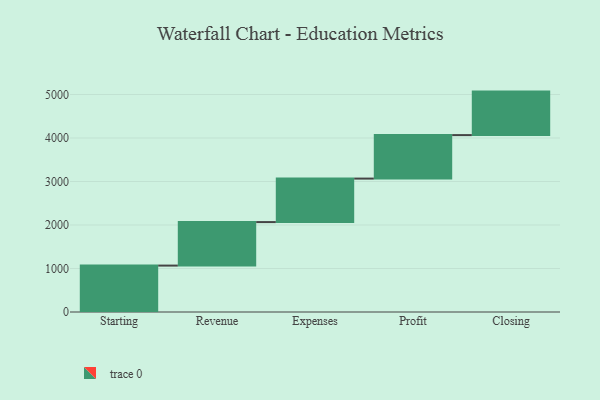
{"axis": {"x": "Step", "y": "Value"}, "legend": [""], "data": [{"x": "Starting", "y": 1067.0, "type": ""}, {"x": "Revenue", "y": 1000, "type": ""}, {"x": "Expenses", "y": 1000, "type": ""}, {"x": "Profit", "y": 1000, "type": ""}, {"x": "Closing", "y": 1000, "type": ""}]}